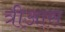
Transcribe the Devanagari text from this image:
त्रीआस